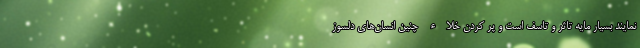
‌نمایند بسیار مایه تاثر و تاسف است و پر کردن خلاء چنین انسان‌های دلسوز